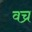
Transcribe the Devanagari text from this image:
वच्र